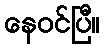
နေဝင်ပြီ။